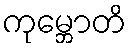
ကုမ္ဘောတိ